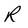
Character: R